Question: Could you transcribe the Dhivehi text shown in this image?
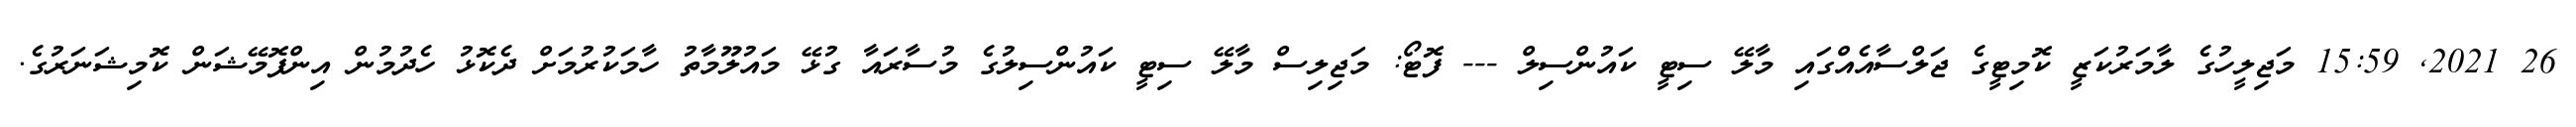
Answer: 26 2021, 15:59 މަޖިލީހުގެ ލާމަރުކަޒީ ކޮމިޓީގެ ޖަލްސާއެއްގައި މާލޭ ސިޓީ ކައުންސިލް --- ފޮޓޯ: މަޖިލިސް މާލޭ ސިޓީ ކައުންސިލުގެ މުސާރައާ ގުޅޭ މައުލޫމާތު ހާމަކުރުމަށް ދެކޮޅު ހެދުމުން އިންފޮމޭޝަން ކޮމިޝަނަރުގެ.